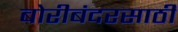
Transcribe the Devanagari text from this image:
बोरीबंदरसाठी